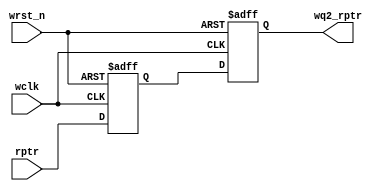
module sync_r2w #(parameter ADDR_SIZE = 12)
   (output reg [ADDR_SIZE:0] wq2_rptr,
    input [ADDR_SIZE:0] rptr,
    input wclk, wrst_n);
   reg [ADDR_SIZE:0] wq1_rptr;
   always @(posedge wclk or negedge wrst_n)
     if (!wrst_n) {wq2_rptr,wq1_rptr} <= 0;
     else {wq2_rptr,wq1_rptr} <= {wq1_rptr,rptr};
endmodule